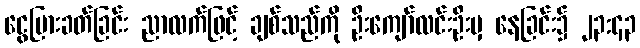
ငွေပြားခတ်ခြင်း ညာလက်ဖြင့် ချစ်သည်ကို ဦးကျော်လင်းဦးမှ နေခြင်း၌ ၂၃:၄၃